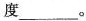
度___。